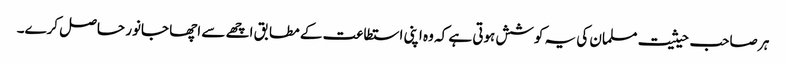
ہر صاحب حیثیت مسلمان کی یہ کوشش ہوتی ہے کہ وہ اپنی استطاعت کے مطابق اچھے سے اچھا جانور حاصل کرے۔